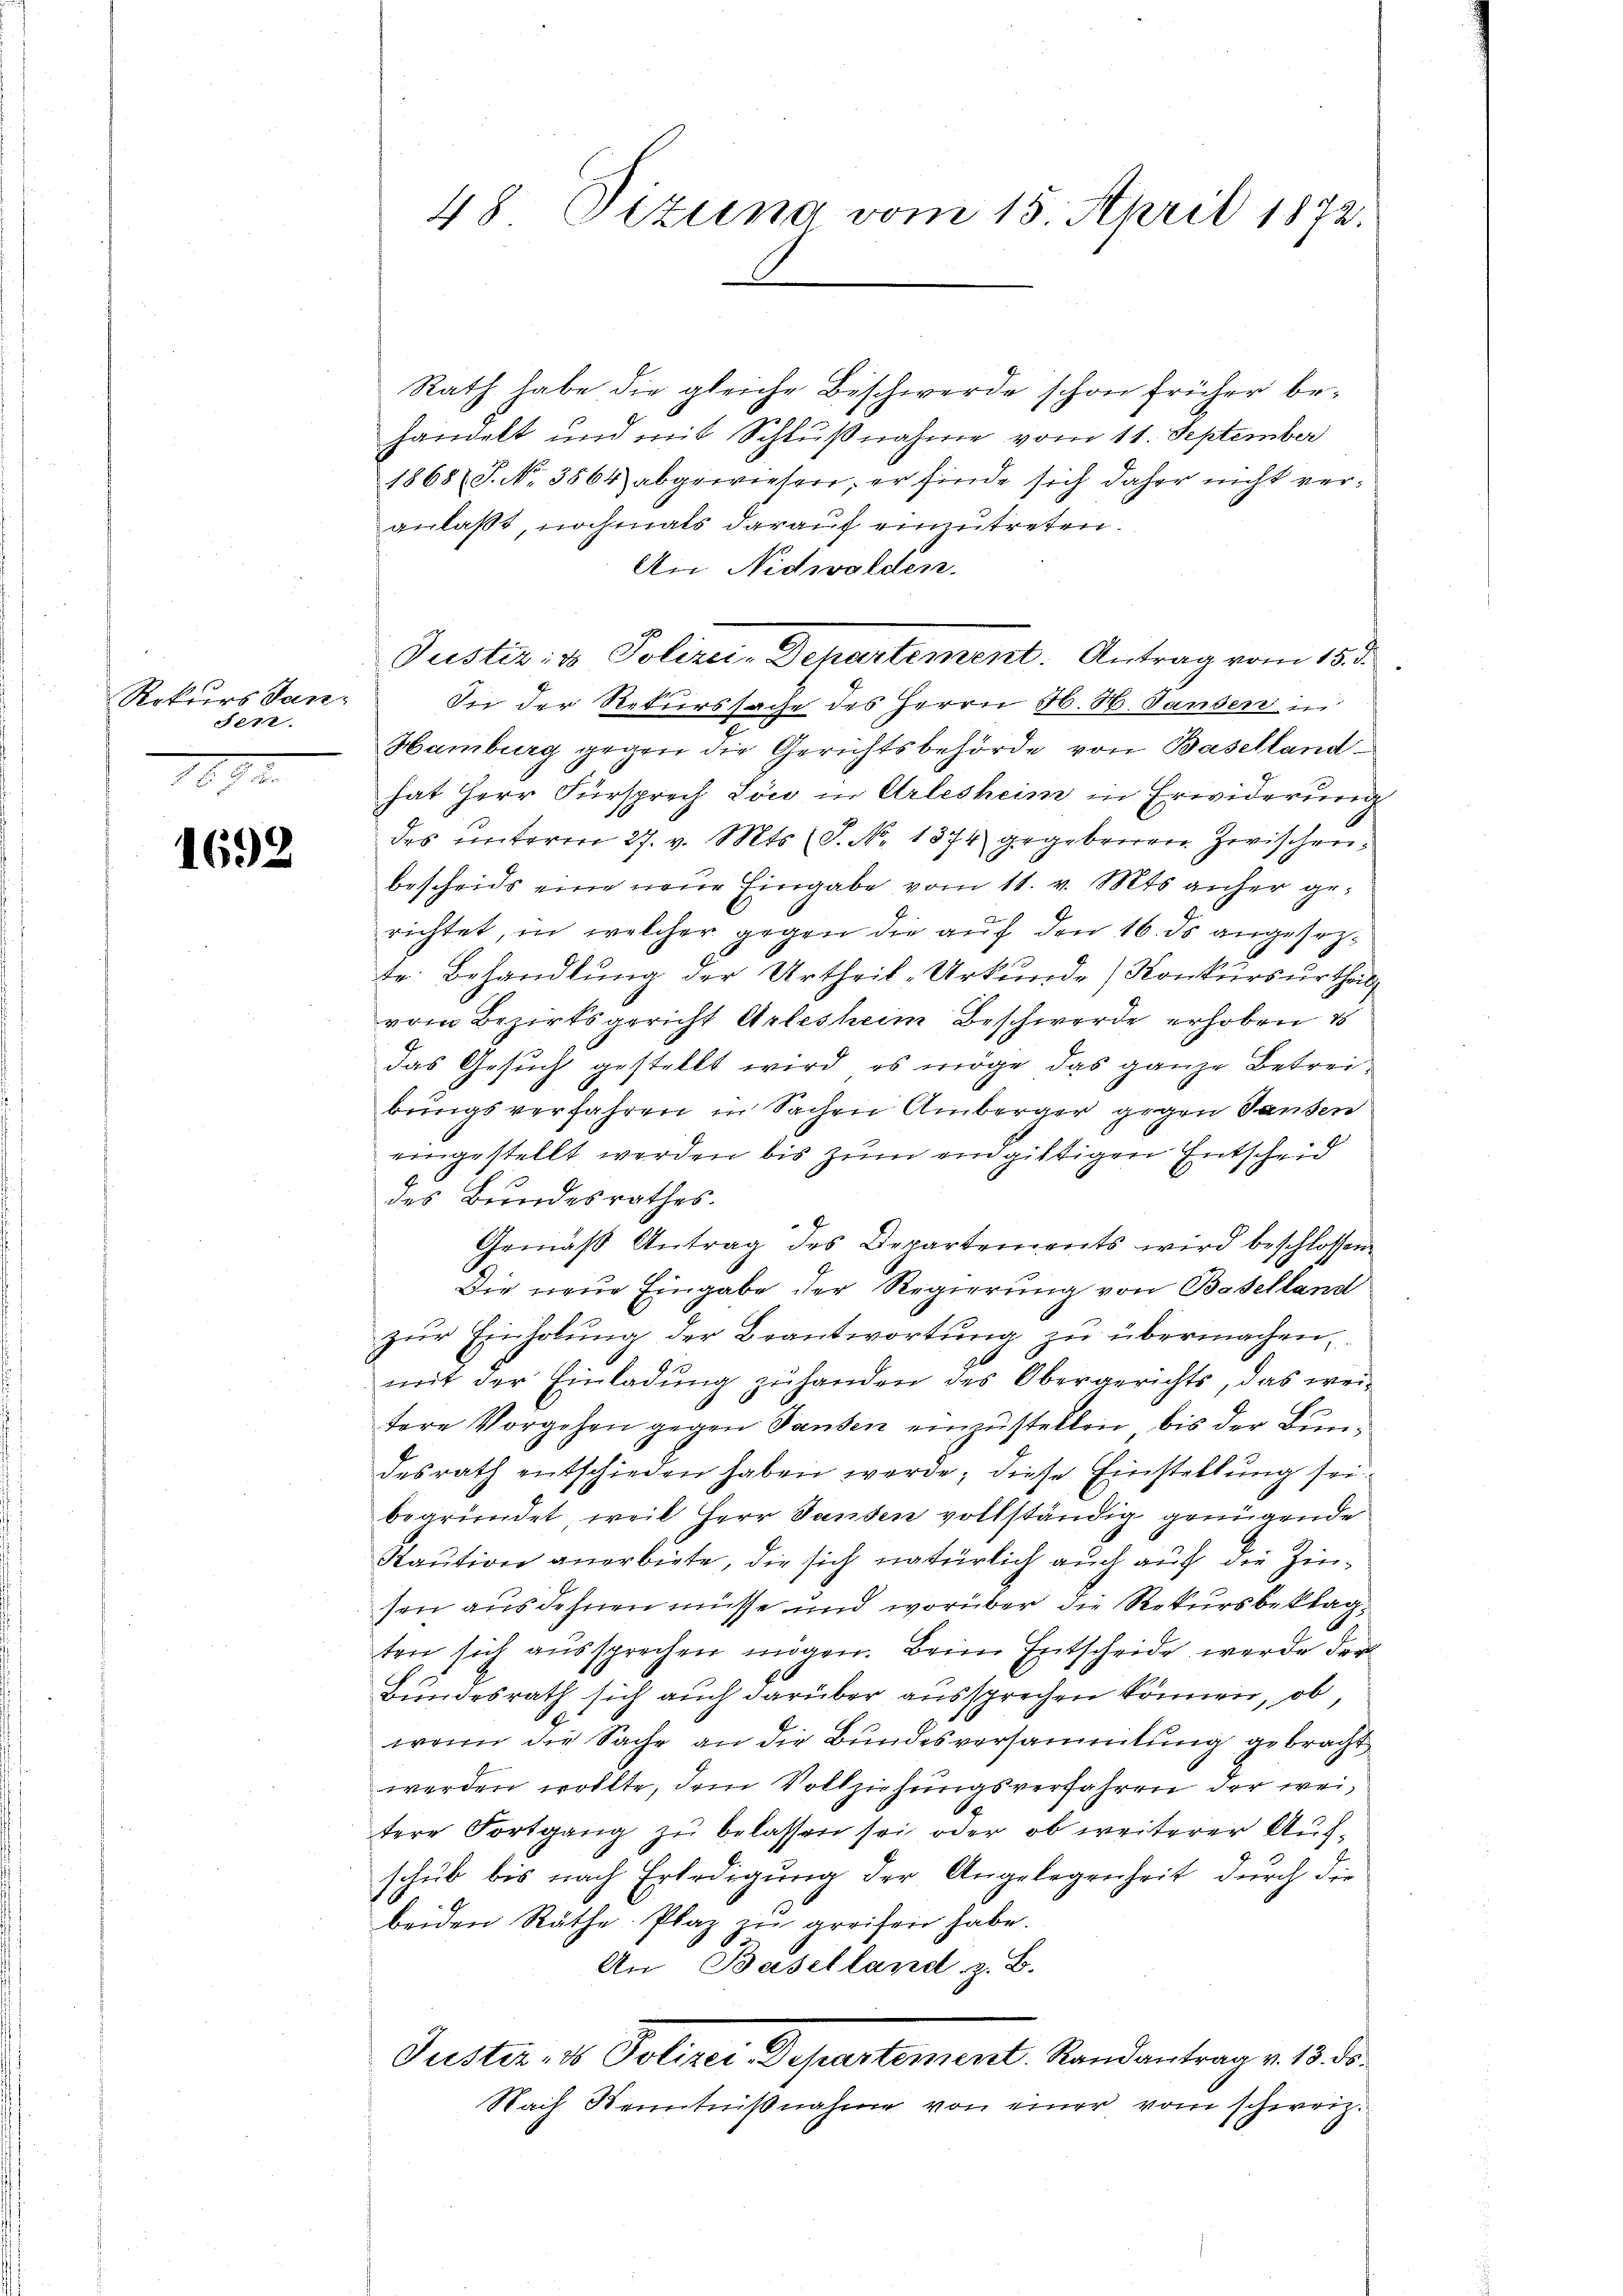
Rekurs Sanden.

1692

48 Tizung vom 15. April 1872.

Rath habe die gleiche Beschwerde schon früher behandelt und mit Schlußnahme vom 11. September
1868 (S. No. 3564) abgewiesen; er finde sich daher nicht veranlaßt, nochmals darauf einzutreten.
An Nidwalden.
In der Rekurssache des Herrn H. H. Landen in
Hamburg gegen die Gerichtsbehörde von Baselland
hat Herr Fürsprech Löw in Arlesheim in Erwiderung
des unterm 27. v. Mts. (T. No 1374 gegebenen zwischenbescheids eine neue Eingabe vom 11. v. Mts. anher gerichtet, in welcher gegen die aŭf den 16. ds angesezte. Behandlung der Urtheil-Urkunde) Konkurs urtheil
vom Bezirksgericht Arlesheim Beschwerde erhoben s
das Gesuch gestellt wird, es möge das ganze Betreibungsverfahren in Sachen Amberger gegen Sausen
eingestellt werden bis zum endgültigen Entscheid
des Bundesrathes.
Gemäβ Antrag des Departements wird beschlossen
Die neue Eingabe der Regierung von Baselland
zŭr Einholung der Beantwortung zu übermachen,
.
mit der Einladung zuhanden des Obergerichts, das weitere Vorgehen gegen Tausen einzustellen, bis der Bundesrath entschieden haben werde; diese Einstellung sei
begründet, weil Herr Sanden vollständig genügende
Kaution anerbiete, die sich natürlich auch auf die Zinsen ausdehnen müsse und worüber die Rekursbeklagten sich aussprechen mögen. Beim Entscheide werde der
Bundesrath sich auch darüber aussprechen können, ob,
wenn die Sache an die Bundesversammlung gebracht
werden wollte, dem Vollziehungsverfahren der weitere Fortgang zu belassen sei oder ob weiterer Aufschub bis nach Erledigung der Angelegenheit durch die
beiden Räthe Plaz zu greifen habe.
An Baselland z. B.
Justiz- & Polizei-Departement. Randantrag v. 13. ds.
Nach Kenntnißnahme von einer vom schweiz.

Justiz & Polizei-Departement. Antrag vom 15. d.